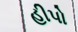
હીપો